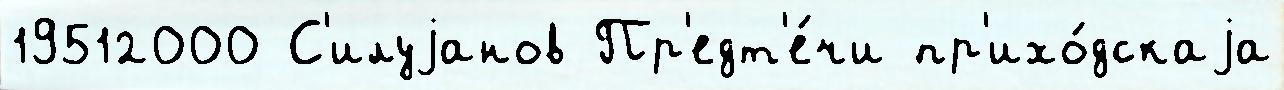
19512000 С'илуjанов Пр'едт'е́чи пр'ихо́дскаjа